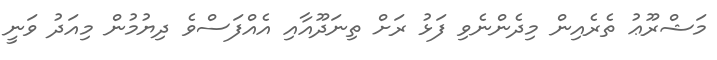
މަޝްރޫޢު ތެރެއިން މިދެންނެވި ފަޅު ރަށް ތިނަދޫއާއި އެއްފަސްވެ ދިޔުމުން މިއަދު ވަނީ